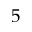
5